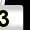
Digit: 3